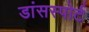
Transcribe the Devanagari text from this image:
डांसस्पोर्ट